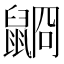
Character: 𪕥